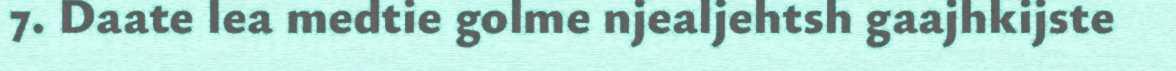
7. Daate lea medtie golme njealjehtsh gaajhkijste